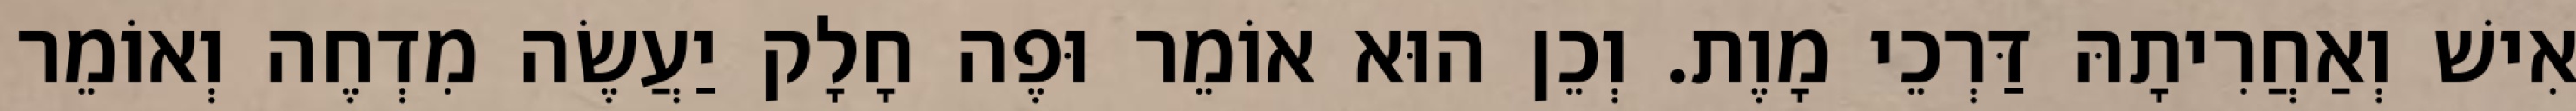
אִישׁ וְאַחֲרִיתָהּ דַּרְכֵי מָוֶת. וְכֵן הוּא אוֹמֵר וּפֶה חָלָק יַעֲשֶׂה מִדְחֶה וְאוֹמֵר